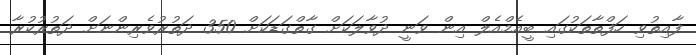
ފާއިތުވި ހަފްތާތަކުގައި ބީއެމްއެލް އިން ވަނީ ދުވާލަކަށް ގާތްގަޑަކަށް 350 ދަތުރުވެރިންނަށް ދަތުރުކުރާ